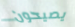
يصيحون